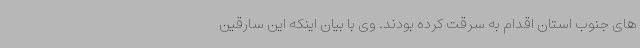
های جنوب استان اقدام به سرقت کرده بودند. وی با بیان اینکه این سارقین